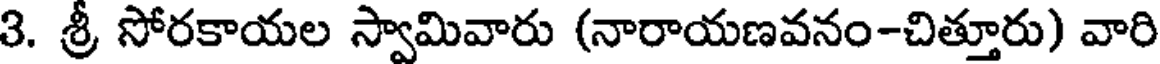
3. శ్రీ సోరకాయల స్వామివారు (నారాయణవనం-చిత్తూరు) వారి